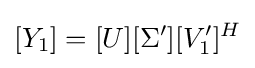
[Y_{1}]=[U][\Sigma '][V_{1}']^{H}